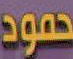
حمود